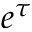
e ^ { \tau }